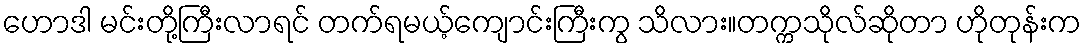
ဟောဒါ မင်းတို့ကြီးလာရင် တက်ရမယ့်ကျောင်းကြီးကွ သိလား။တက္ကသိုလ်ဆိုတာ ဟိုတုန်းက